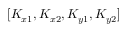
[ K _ { x 1 } , K _ { x 2 } , K _ { y 1 } , K _ { y 2 } ]